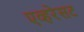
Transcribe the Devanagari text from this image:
एव्हरेसट